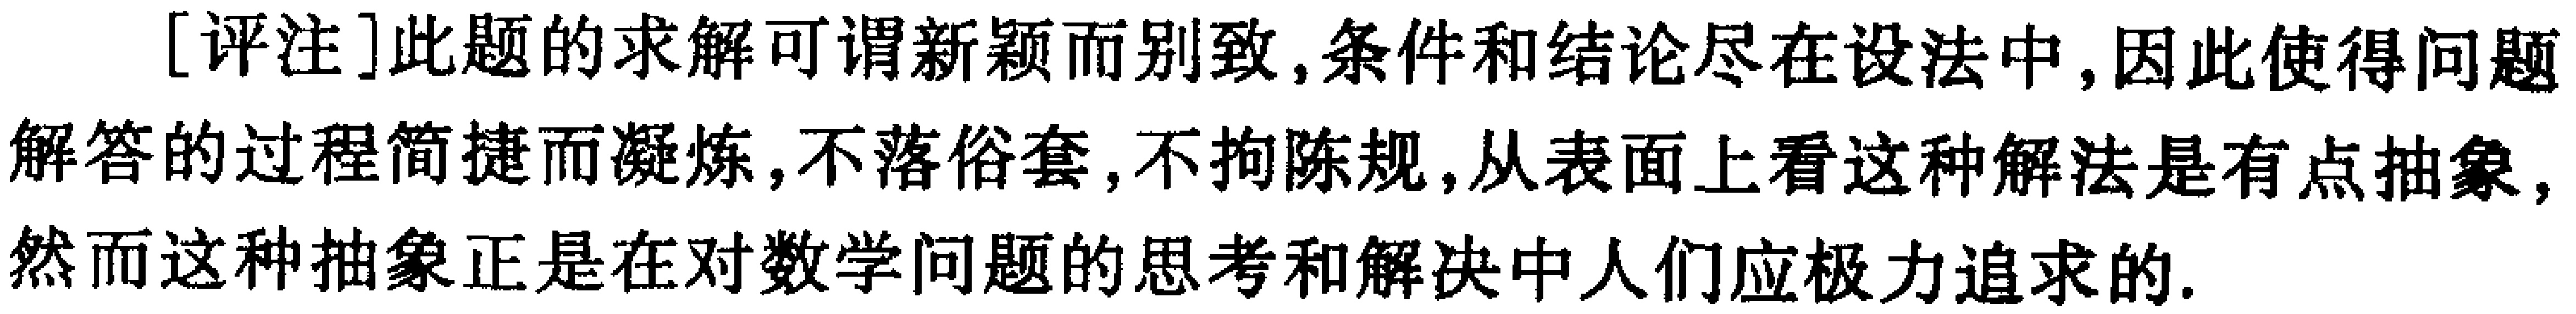
[评注]此题的求解可谓新颖而别致,条件和结论尽在设法中,因此使得问题解答的过程简捷而凝炼,不落俗套,不拘陈规,从表面上看这种解法是有点抽象,然而这种抽象正是在对数学问题的思考和解决中人们应极力追求的.